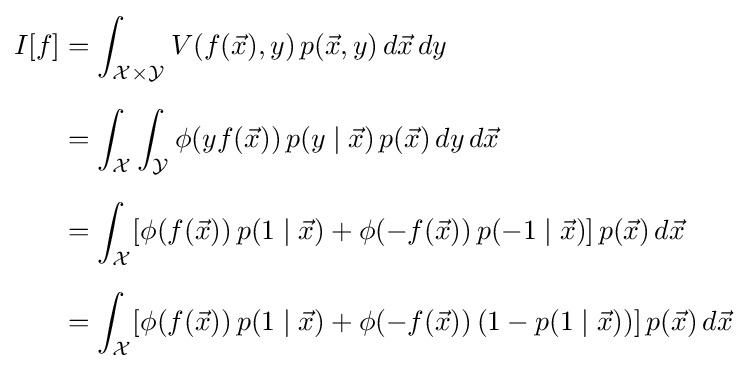
{\begin{aligned}I[f]&=\int _{{\mathcal {X}}\times {\mathcal {Y}}}V(f({\vec {x}}),y)\,p({\vec {x}},y)\,d{\vec {x}}\,dy\\[6pt]&=\int _{\mathcal {X}}\int _{\mathcal {Y}}\phi (yf({\vec {x}}))\,p(y\mid {\vec {x}})\,p({\vec {x}})\,dy\,d{\vec {x}}\\[6pt]&=\int _{\mathcal {X}}[\phi (f({\vec {x}}))\,p(1\mid {\vec {x}})+\phi (-f({\vec {x}}))\,p(-1\mid {\vec {x}})]\,p({\vec {x}})\,d{\vec {x}}\\[6pt]&=\int _{\mathcal {X}}[\phi (f({\vec {x}}))\,p(1\mid {\vec {x}})+\phi (-f({\vec {x}}))\,(1-p(1\mid {\vec {x}}))]\,p({\vec {x}})\,d{\vec {x}}\end{aligned}}